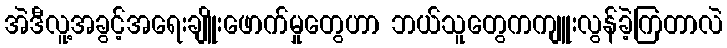
အဲဒီလူ့အခွင့်အရေးချိူးဖောက်မှုတွေဟာ ဘယ်သူတွေကကျူးလွန်ခဲ့ကြတာလဲ